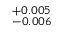
^ { + 0 . 0 0 5 } _ { - 0 . 0 0 6 }